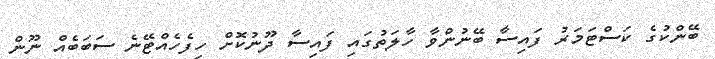
ބޭންކުގެ ކަސްޓަމަރު ފައިސާ ބޭނުންވާ ހާލަތުގައި ފައިސާ ދޫނުކޮށް ހިފެހެއްޓޭނެ ސަބަބެއް ނޫން